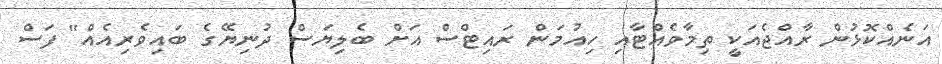
އަނެއްކޮޅުން ރާއްޖެއަކީ ތިމާވެއްޓާއި ހިއުމަން ރައިޓްސް އަށް ބެލިޔަސް ދުނިޔޭގެ ބައިވެރިއެއް" ފަސް